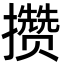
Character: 攒